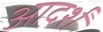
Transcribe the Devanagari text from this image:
आदर्शं